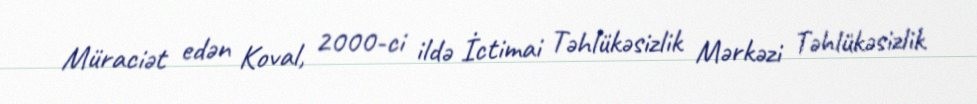
Müraciət edən Koval, 2000-ci ildə İctimai Təhlükəsizlik Mərkəzi Təhlükəsizlik